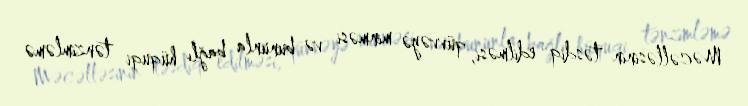
Məcəlləsinin təsdiq edilməsi, qüvvəyə minməsi və bununla bağlı hüquqi tənzimləmə